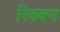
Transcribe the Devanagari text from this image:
रिबबन